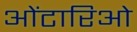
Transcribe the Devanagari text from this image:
ओंटारिओ